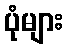
ပုံများ